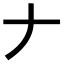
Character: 𠂇